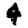
Digit: 4